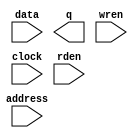
module edid_ram (
		input  wire [7:0] data,    //    data.datain
		output wire [7:0] q,       //       q.dataout
		input  wire [7:0] address, // address.address
		input  wire       wren,    //    wren.wren
		input  wire       clock,   //   clock.clk
		input  wire       rden     //    rden.rden
	);
endmodule